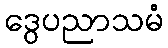
ဒွေပညာသမံ